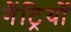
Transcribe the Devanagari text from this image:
गैंट्रियों